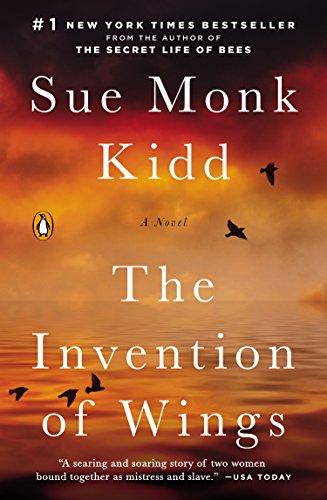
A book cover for The Invention of Wings; Sue Monk Kidd; Literature & Fiction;